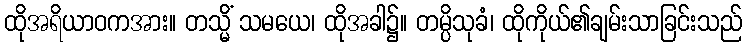
ထိုအရိယာဝကအား။ တသ္မိံ သမယေ၊ ထိုအခါ၌။ တမ္ပိသုခံ၊ ထိုကိုယ်၏ချမ်းသာခြင်းသည်